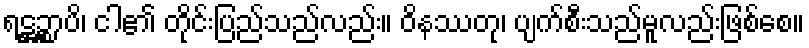
ရဋ္ဌဉ္စာပိ၊ ငါ၏ တိုင်းပြည်သည်လည်း။ ဝိနဿတု၊ ပျက်စီးသည်မူလည်းဖြစ်စေ။